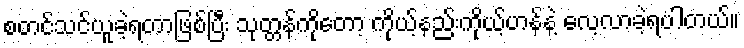
စတင်သင်ယူခဲ့ရတာဖြစ်ပြီး သုတ္တန်ကိုတော့ ကိုယ့်နည်းကိုယ့်ဟန်နဲ့ လေ့လာခဲ့ရပါတယ်။